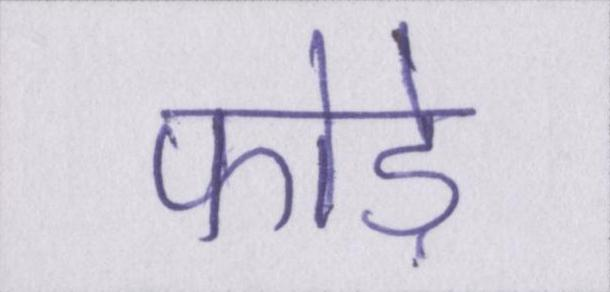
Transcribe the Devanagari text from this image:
फोड़े